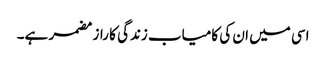
اسی میں ان کی کامیاب زندگی کا راز مضمر ہے۔